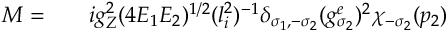
\begin{array} { r l r } { { \cal M } = } & { { } } & { i g _ { Z } ^ { 2 } ( 4 E _ { 1 } E _ { 2 } ) ^ { 1 / 2 } ( l _ { i } ^ { 2 } ) ^ { - 1 } \delta _ { \sigma _ { 1 } , - \sigma _ { 2 } } ( g _ { \sigma _ { 2 } } ^ { e } ) ^ { 2 } \chi _ { - \sigma _ { 2 } } ( p _ { 2 } ) } \end{array}